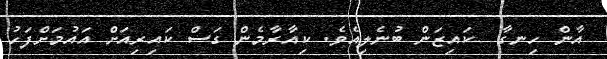
އާން ހިނގާ  ކައިޒަން ބުނެލިއެވެ. ކިއާރާމެން ގަސް ކައިރިއަށް އައުމަށްފަހު